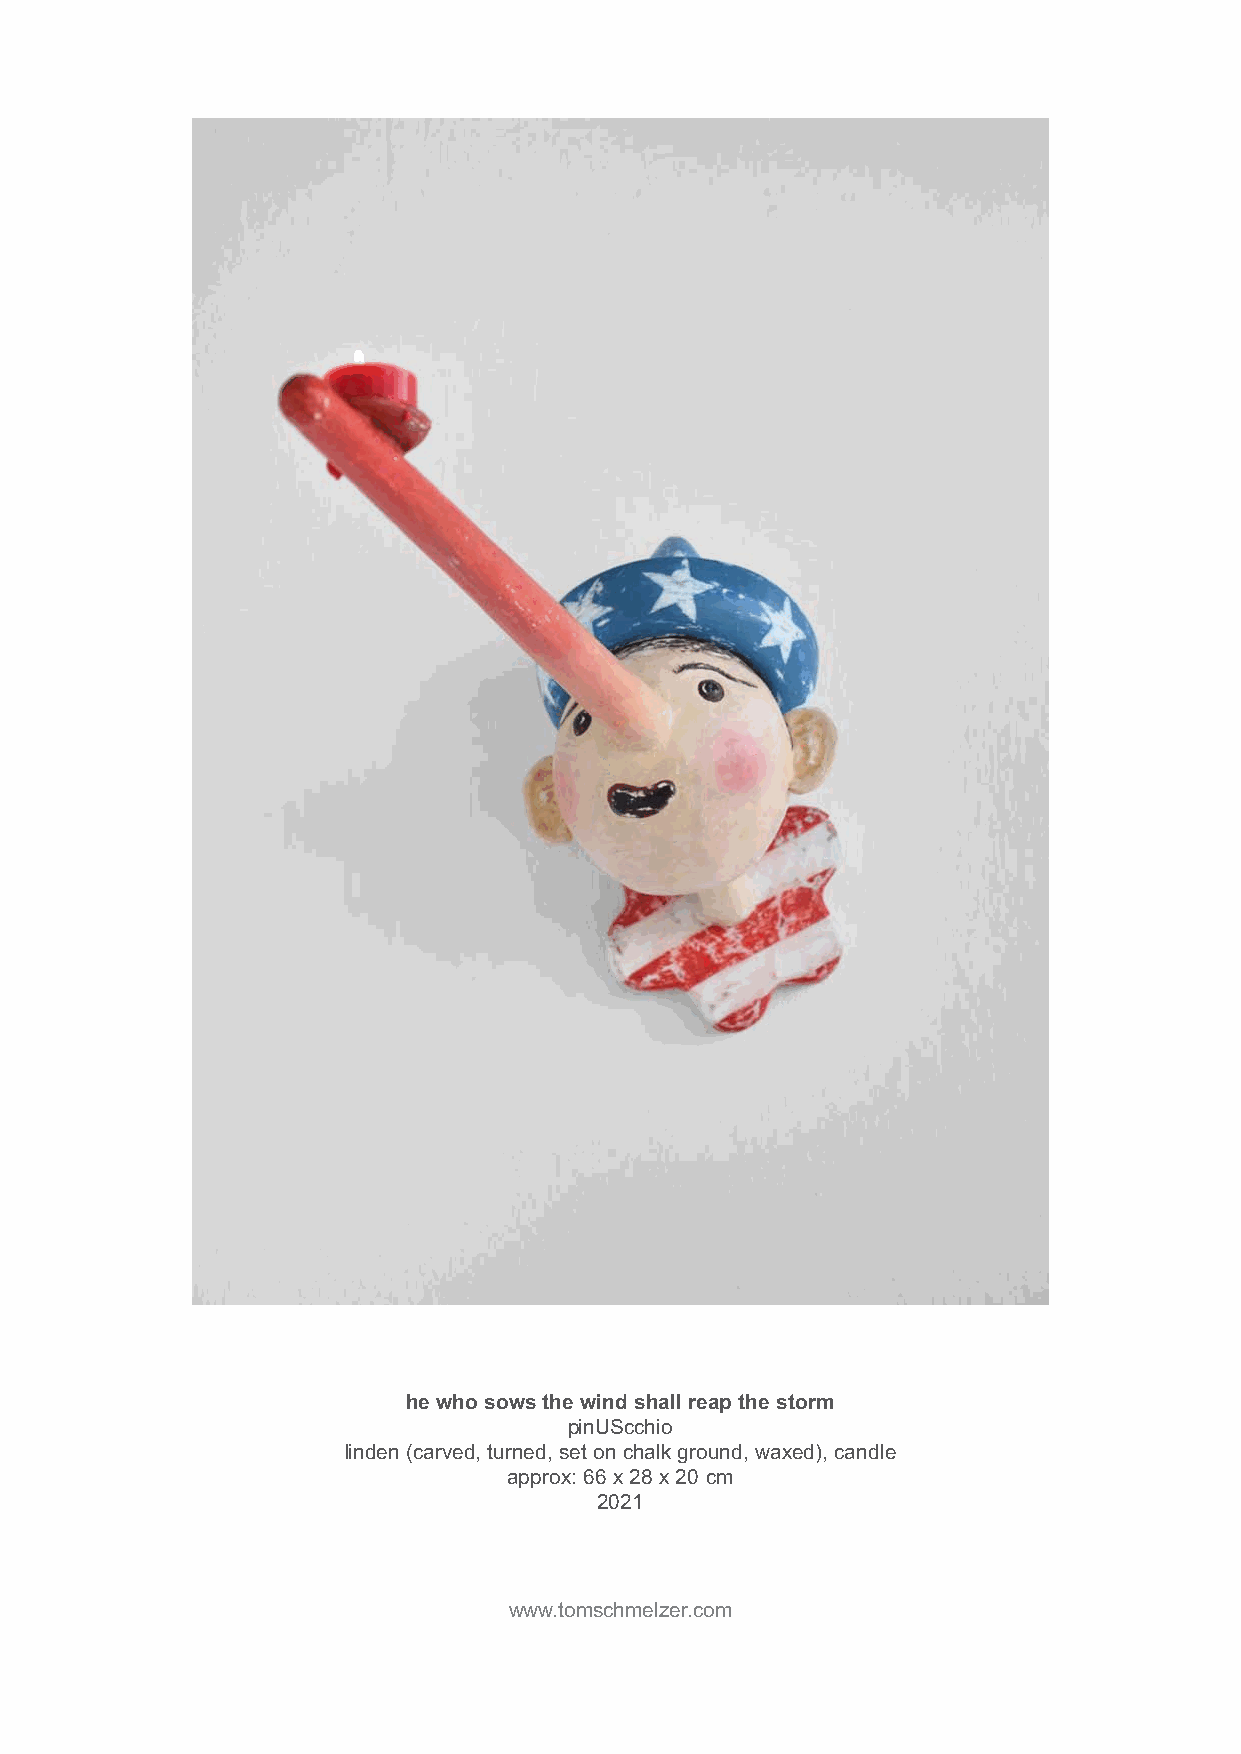
he who sows the wind shall reap the storm
 pinUScchio
 linden (carved, turned, set on chalk ground, waxed), candle
 approx: 66 x 28 x 20 cm
 2021
 www.tomschmelzer.com